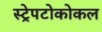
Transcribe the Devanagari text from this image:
स्ट्रेपटोकोकल